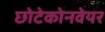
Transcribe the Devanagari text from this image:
छोटेकोनवेयर